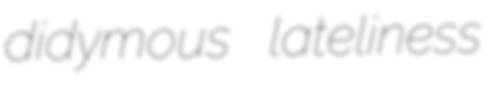
didymous lateliness